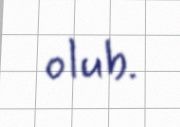
olub.